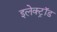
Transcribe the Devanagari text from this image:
इलेक्ट्रॉड